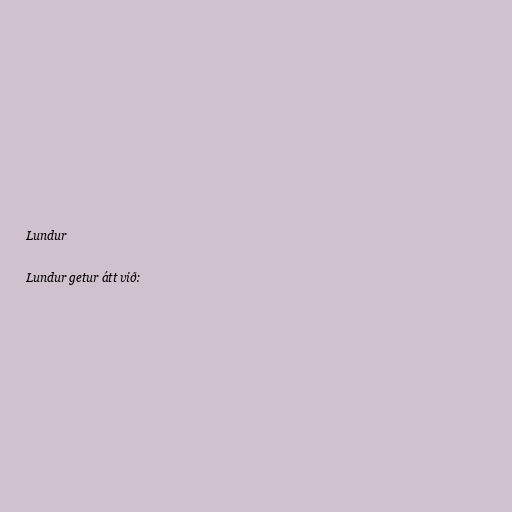
Lundur

Lundur getur átt við: